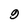
Character: 9